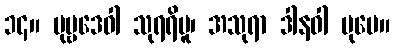
၁၄။ ပုဗ္ဗဒေဝါ သုရရိပူ၊ အသုရာ ဒါနဝါ ပုမေ။